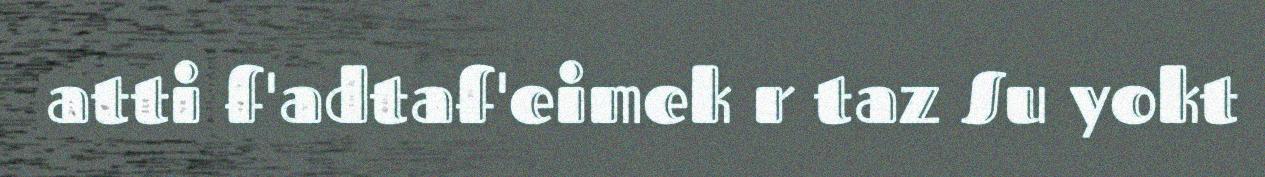
atti f'adtaf'eimek r taz Su yokt